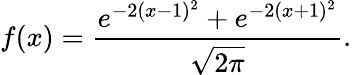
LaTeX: f(x)=\frac{e^{-2(x-1)^{2}}+e^{-2(x+1)^{2}}}{\sqrt{2\pi}}.